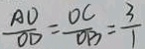
\frac { A D } { O D } = \frac { O C } { O B } = \frac { 3 } { 1 }